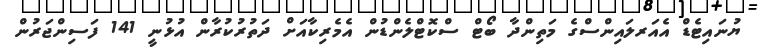
ޔުނައިޓެޑް އެއަރލައިންސްގެ މަތިންދާ ބޯޓް ސްކޮޓްލެންޑުން އެމެރިކާއަށް ދަތުރުކުރާން އުޅުނީ 141 ފަސިންޖަރުން